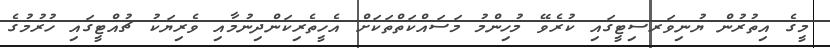
މީގެ އިތުރުން ޔުނިވަރސިޓީގައި ކުރެވޭ މުހިންމު މަސައްކަތްތަކަށް އެހީތެރިކަންދިނުމާއި ވެރިޔަކު ޗުއްޓީގައި ހުރުމުގެ